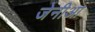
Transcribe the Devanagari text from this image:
जेनीआ